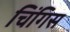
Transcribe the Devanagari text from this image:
चिंगिस